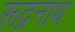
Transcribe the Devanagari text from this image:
रूद्रनाथ